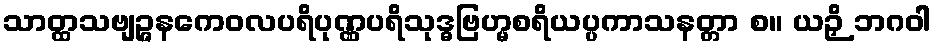
သာတ္ထသဗျဉ္ဇနကေဝလပရိပုဏ္ဏပရိသုဒ္ဓဗြဟ္မစရိယပ္ပကာသနတ္တာ စ။ ယဉှိ ဘဂဝါ